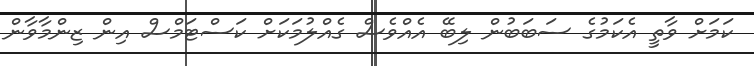
ކަމަށް ވާތީ އެކަމުގެ ސަބަބުން ލިބޭ އެއްވެސް ގެއްލުމަކަށް ކަސްޓަމްސް އިން ޒިންމާވާން